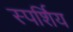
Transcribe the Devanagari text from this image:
स्पर्शिय